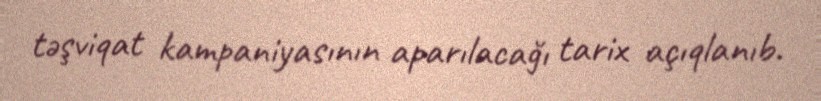
təşviqat kampaniyasının aparılacağı tarix açıqlanıb.